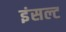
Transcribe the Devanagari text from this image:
इंसल्ट